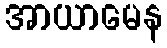
အာယာမေန